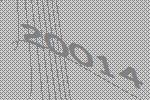
20014